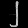
Digit: ၂